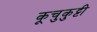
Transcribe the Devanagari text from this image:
कूचुकुट्टी